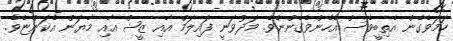
ހަމަވެގެން އެތިބީވެސް އެހެންވެގެންނެވެ. މަދުވަނީ ފައިލަމް އާއި ޒީޝް އާއި މާޔަން އެކަންޏެވެ.